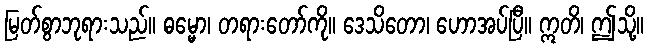
မြတ်စွာဘုရားသည်။ ဓမ္မော၊ တရားတော်ကို။ ဒေသိတော၊ ဟောအပ်ပြီ။ ဣတိ၊ ဤသို့။